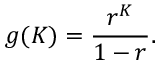
g ( K ) = { \frac { r ^ { K } } { 1 - r } } .